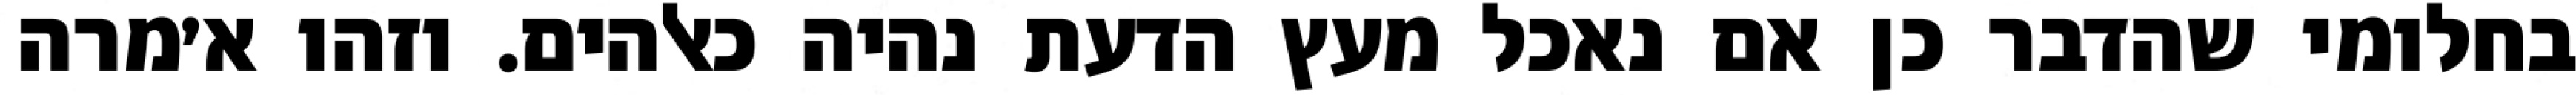
בחלומי שהדבר כן אם נאכל מעץ הדעת נהיה כאלהים. וזהו א׳מרה